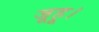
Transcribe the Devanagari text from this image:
जूहू।